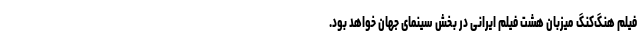
فیلم هنگ‌کنگ میزبان هشت فیلم ایرانی در بخش سینمای جهان خواهد بود.